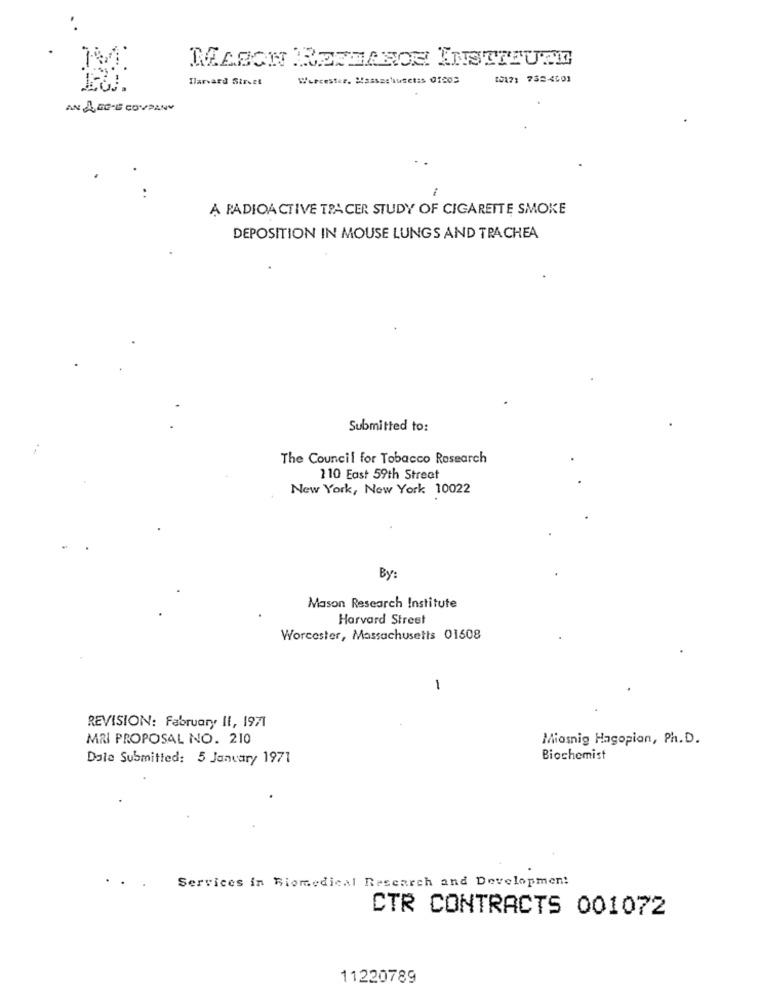
MASON REINAROR INSTITUTE
Harvard Street
Worcester, Masszchiusetis 01009
1017: 752-4601
AN AGGIE COMPANY
..
A RADIOACTIVE TRACER STUDY OF CIGARETTE SMOKE
DEPOSITION IN MOUSE LUNGS AND TRACHEA
Submitted to:
The Council for Tobacco Research
110 East 59th Street
New York, New York 10022
By:
Mason Research Institute
Harvard Street
Worcester, Massachusetts 01508
1
REVISION: February Il, 1971
MRI PROPOSAL NO. 210
Miosnig Hagopian, Ph.D.
Dale Submitted: 5 January 1971
Biochemist
Services in Riomedical Research and Development
CTR CONTRACTS 001072
11220789